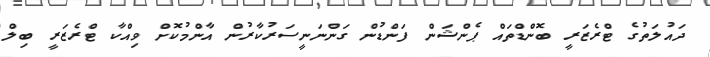
ދައުލަތުގެ ޓްރެޒަރީ ބޮންޑްތައް ޕެންޝަން ފަންޑުން ގަންނަނީސަރުކާރުން އާންމުކޮށް ވިއްކާ ޓްރެޒަރީ ބިލް